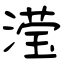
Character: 滢